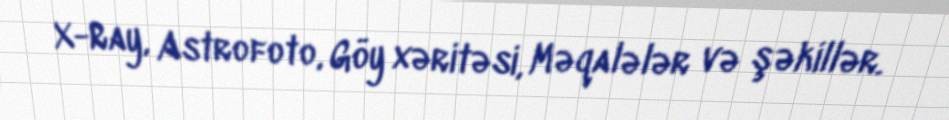
X-Ray, Astrofoto, Göy xəritəsi, Məqalələr və şəkillər.